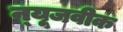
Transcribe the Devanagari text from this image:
न्‍यूजवीक